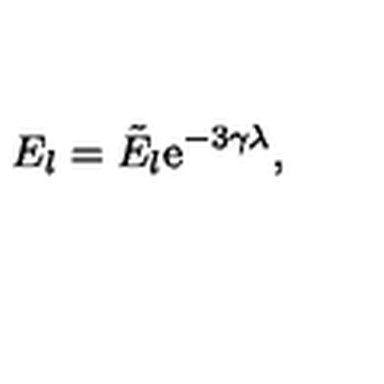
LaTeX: E _ { l } = \tilde { E } _ { l } \mathrm { e } ^ { - 3 \gamma \lambda } ,